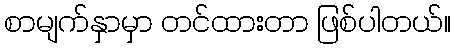
စာမျက်နှာမှာ တင်ထားတာ ဖြစ်ပါတယ်။